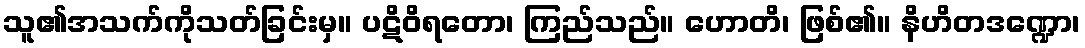
သူ၏အသက်ကိုသတ်ခြင်းမှ။ ပဋိဝိရတော၊ ကြည်သည်။ ဟောတိ၊ ဖြစ်၏။ နိဟိတဒဏ္ဍော၊